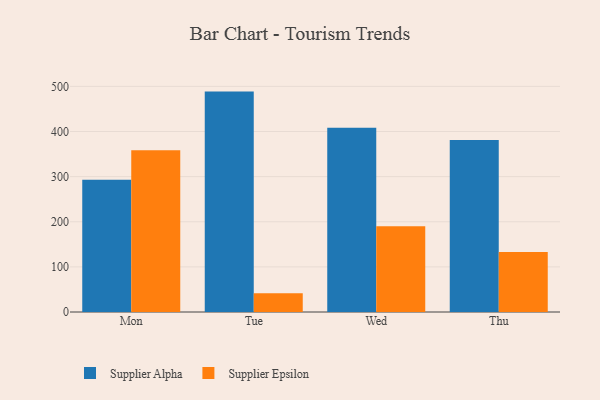
{"axis": {"x": "Day", "y": "Bounce Rate (%)"}, "legend": ["Supplier Alpha", "Supplier Epsilon"], "data": [{"x": "Mon", "y": 292.8, "type": "Supplier Alpha"}, {"x": "Mon", "y": 358.5, "type": "Supplier Epsilon"}, {"x": "Tue", "y": 488.4, "type": "Supplier Alpha"}, {"x": "Tue", "y": 41.6, "type": "Supplier Epsilon"}, {"x": "Wed", "y": 408.2, "type": "Supplier Alpha"}, {"x": "Wed", "y": 190.2, "type": "Supplier Epsilon"}, {"x": "Thu", "y": 381.1, "type": "Supplier Alpha"}, {"x": "Thu", "y": 132.8, "type": "Supplier Epsilon"}]}